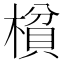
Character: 𰘝